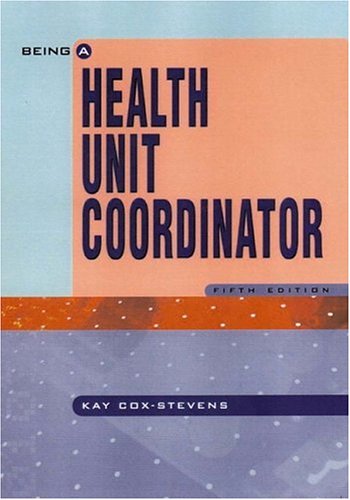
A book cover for Being A Health Unit Coordinator (5th Edition); Kay Cox-Stevens RN  MA  Series Editor; Medical Books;